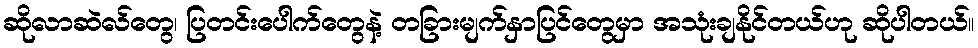
ဆိုလာဆဲလ်တွေ၊ ပြတင်းပေါက်တွေနဲ့ တခြားမျက်နှာပြင်တွေမှာ အသုံးချနိုင်တယ်ဟု ဆိုပါတယ်။